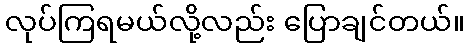
လုပ်ကြရမယ်လို့လည်း ပြောချင်တယ်။